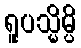
ရူပသ္မိမ္ပိ